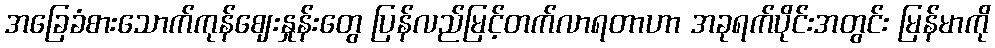
အခြေခံစားသောက်ကုန်ဈေးနှုန်းတွေ ပြန်လည်မြင့်တက်လာရတာဟာ အခုရက်ပိုင်းအတွင်း မြန်မာကို